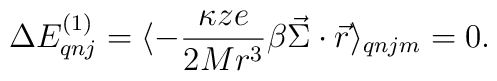
\Delta E^{(1)}_{qnj} = \langle -\frac{\kappa ze}{2Mr^3}\beta \vec{\Sigma}\cdot \vec{r} \rangle_{qnjm} = 0.